Leningradi_Edasi_toimetus, lk 76
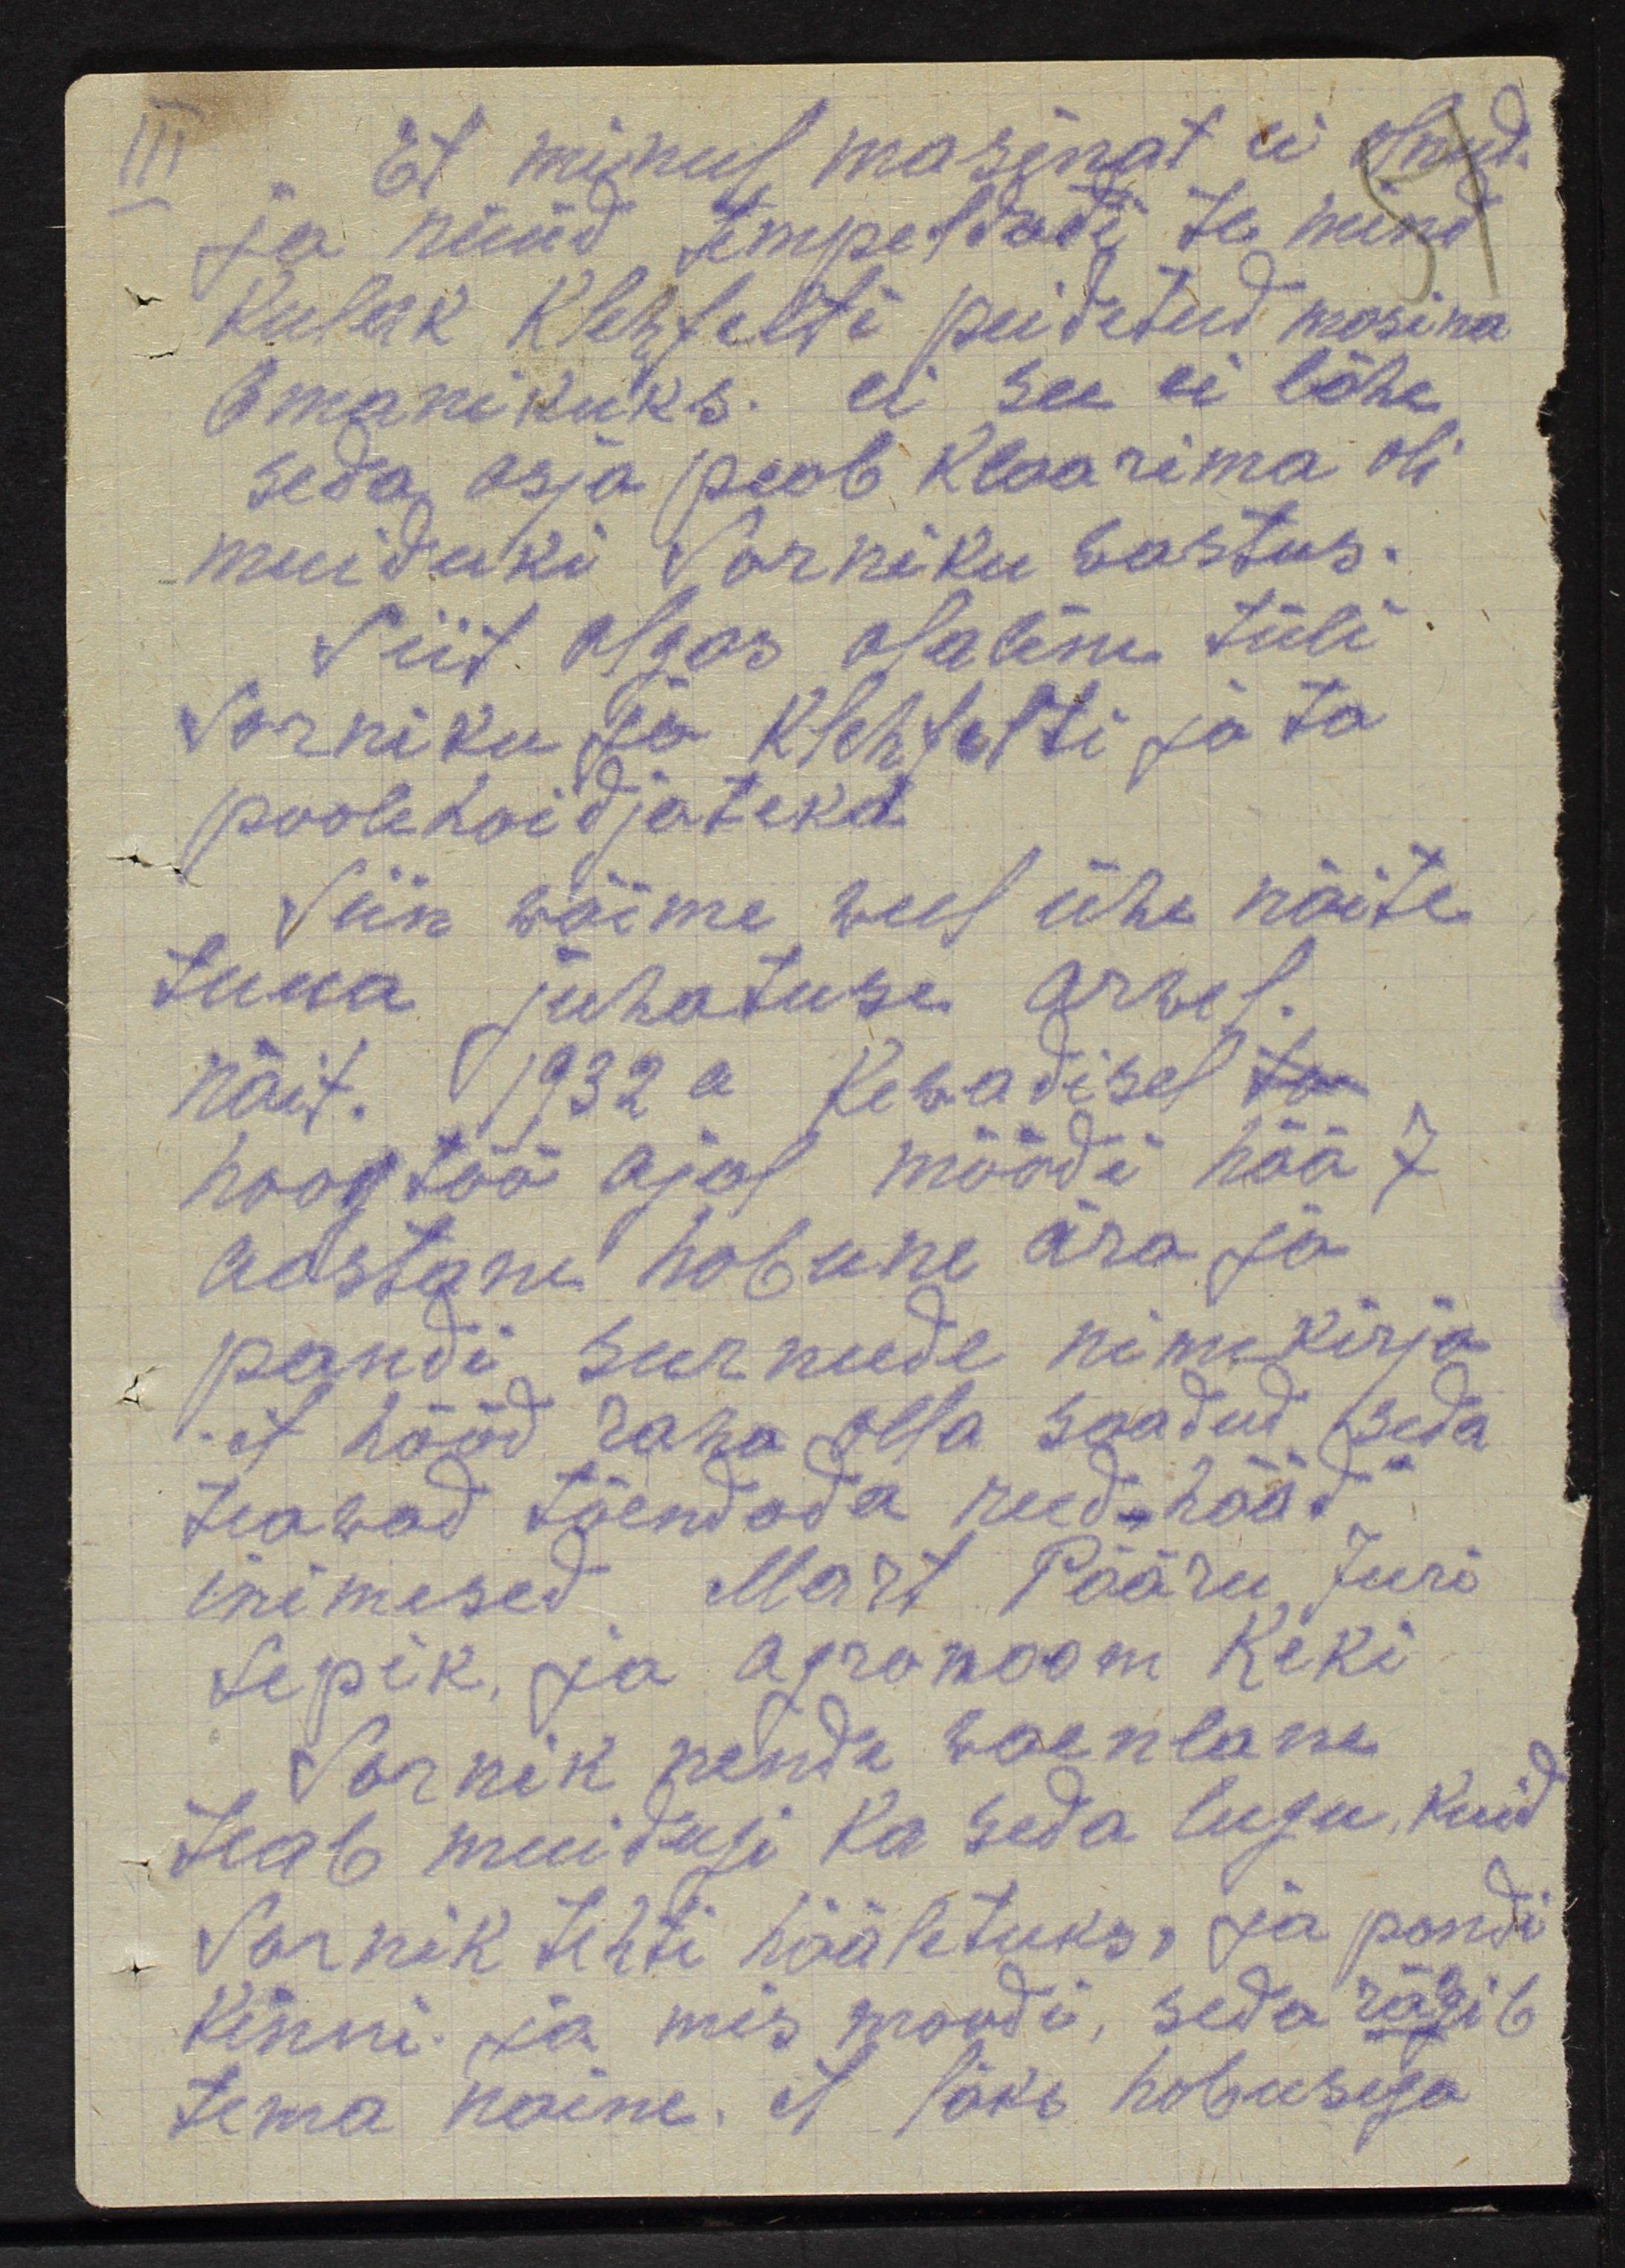
Et minul masinat ei olnud.
ja nüüd tempeldate te mind
kulak Klehfelti peidetud masina
omanikuks. ei see ei lähe
seda asja peab klaarima oli
muiduki Sarniku wastus.
Siit algas osaline tüli
Sarniku ja Klehfelti ja ta
poolehoidjateka
Siin wõime weel ühe näite
tuua juhatuse arwel
näit. 1932 a kewadisel ta
hoogtöö ajal möödi hää 7
aastane hobune ära ja
pandi surnude nimekirja
et hööd raha olla saadud seda
teawad tõendada reed "hääd"
inimesed Mart Pääru, Juri
Sepik, ja agronoom Keki
Sarnik nende waenlane
teab muidugi ka seda lugu, kuid
Sarnik tehti hääletuks, ja pandi
kinni ja mis moodi, seda rägib
tema naine, et läks hobusega